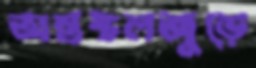
অন্তস্থলজুড়ে